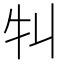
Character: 㸨